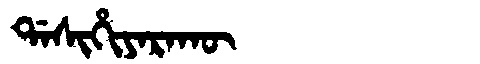
Manchu: ᡩᠠᠰᡳᡥᡳᠶᠠᡵᠠᡴᡡ
Romanization: DASIHIYARAKŪ